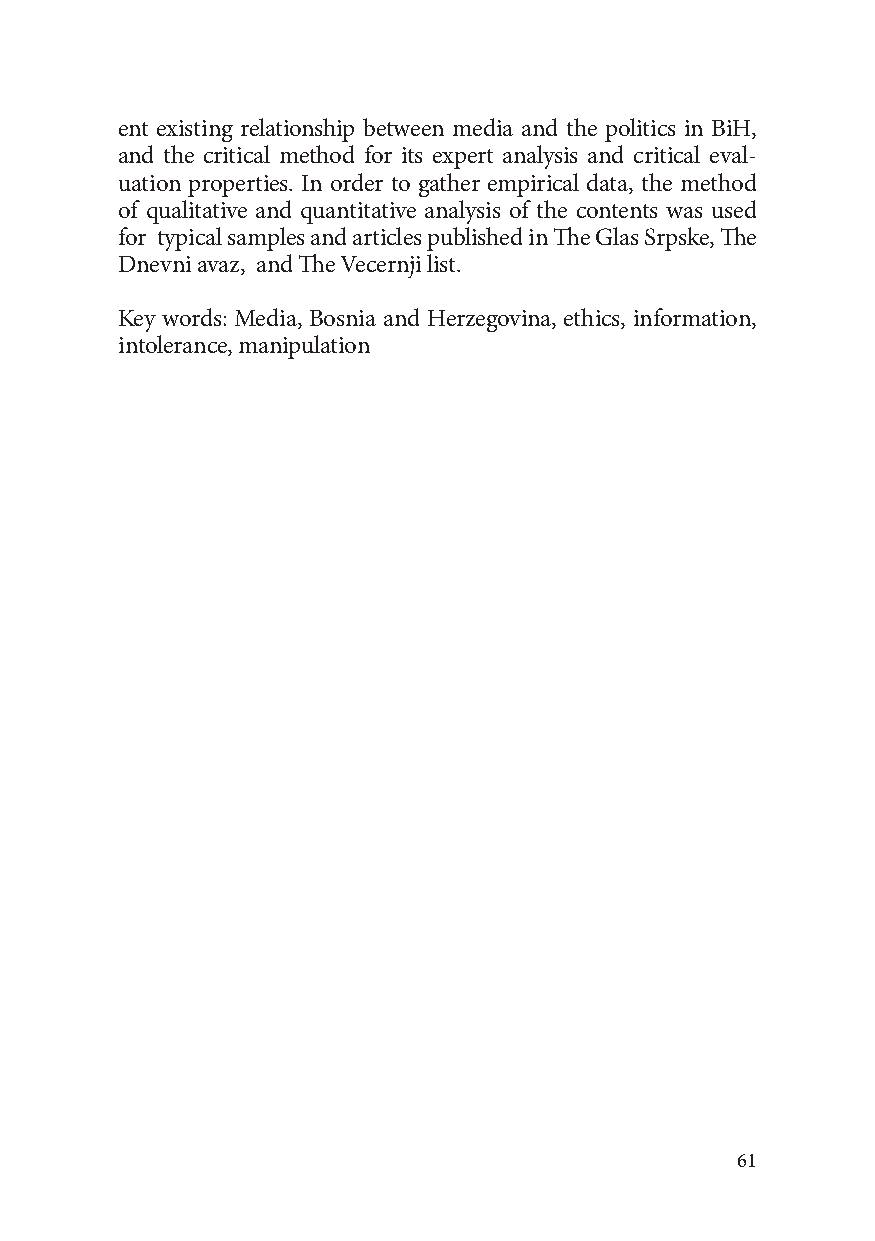
ent existing relationship between media and the politics in BiH,
 and the critical method for its expert analysis and critical eval-
 uation properties. In order to gather empirical data, the method
 of qualitative and quantitative analysis of the contents was used
 for typical samples and articles published in The Glas Srpske, The
 Dnevni avaz, and The Vecernji list.
 Key words: Media, Bosnia and Herzegovina, ethics, information,
 intolerance, manipulation
 61